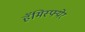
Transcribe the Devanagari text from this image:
हॅमिस्फ्येर